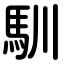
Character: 馴